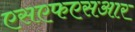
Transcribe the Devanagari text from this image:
एसएफएसआर